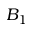
B _ { 1 }